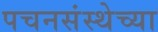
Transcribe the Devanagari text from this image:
पचनसंस्थेच्या